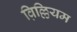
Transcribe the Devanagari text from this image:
व़िल्लियम